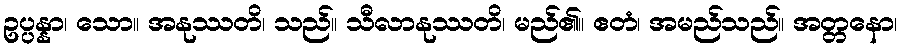
ဥပ္ပန္နာ၊ သော။ အနုဿတိ၊ သည်။ သီလာနုဿတိ၊ မည်၏။ ဧတံ၊ အမည်သည်။ အတ္တနော၊